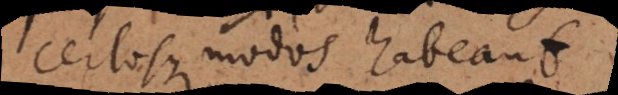
certosque modos habeant.